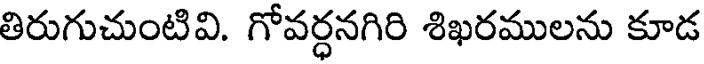
తిరుగుచుంటివి. గోవర్ధనగిరి శిఖరములను కూడ